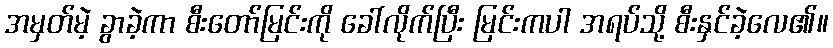
အမှတ်မဲ့ ခွာခဲ့ကာ စီးတော်မြင်းကို ခေါ်လိုက်ပြီး မြင်းကပါ အရပ်သို့ စီးနှင်ခဲ့လေ၏။